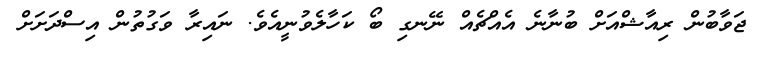
ޖަވާބުން ރިއާޝްއަށް ބުނާނެ އެއްޗެއް ނޭނގި ބޯ ކަހާލެވުނީއެވެ. ނައިރާ ވަގުތުން އިސްދަށަށް